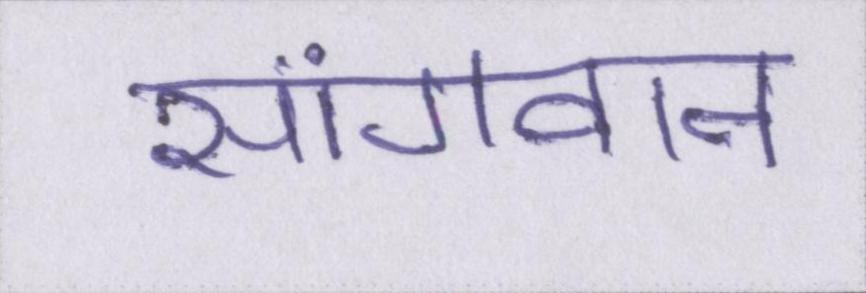
सांगवान